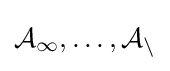
{\mathcal {A_{1}}},\ldots ,{\mathcal {A_{n}}}